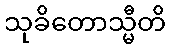
သုခိတောသ္မီတိ